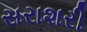
સરાશરી